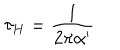
LaTeX: \tau _ { H } = \frac { 1 } { 2 \pi \alpha ^ { \prime } }